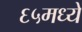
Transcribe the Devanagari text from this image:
६५मध्ये